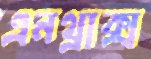
এনথ্রাক্স